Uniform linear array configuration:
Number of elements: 32
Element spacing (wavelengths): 0.75
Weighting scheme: binomial
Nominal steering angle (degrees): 0
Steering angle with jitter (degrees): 0.6529
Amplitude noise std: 0.05
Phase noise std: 0.05

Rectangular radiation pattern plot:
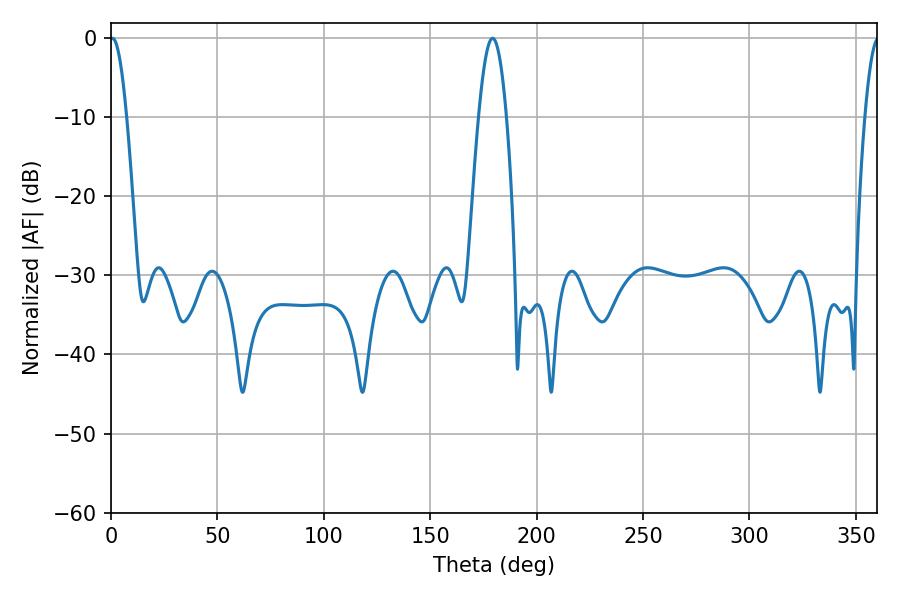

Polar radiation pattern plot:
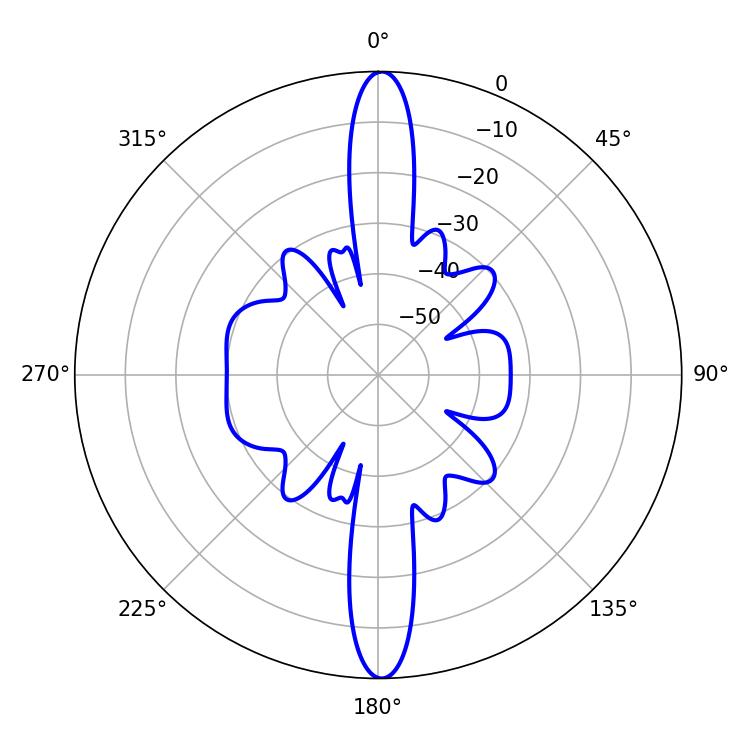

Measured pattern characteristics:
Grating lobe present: TRUE
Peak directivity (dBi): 28.363
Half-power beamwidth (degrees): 4.32
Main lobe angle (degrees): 0.72